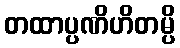
တထာပ္ပဏိဟိတမ္ပိ